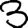
Digit: 3